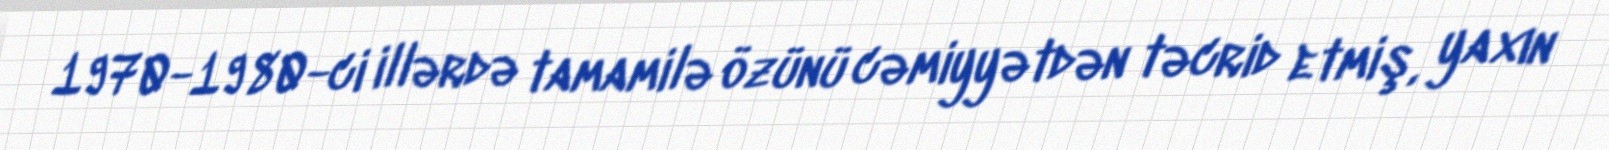
1970-1980-ci illərdə tamamilə özünü cəmiyyətdən təcrid etmiş, yaxın